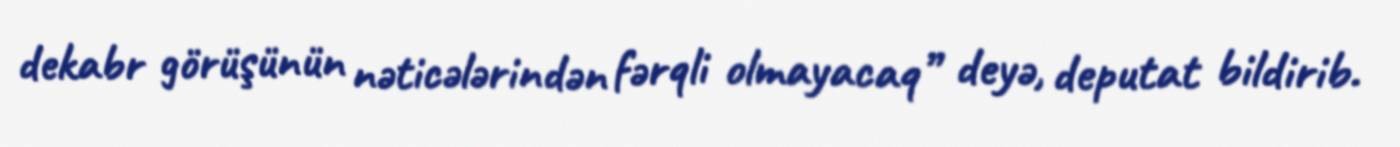
dekabr görüşünün nəticələrindən fərqli olmayacaq” deyə, deputat bildirib.